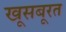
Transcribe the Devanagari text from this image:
खूसबूरत